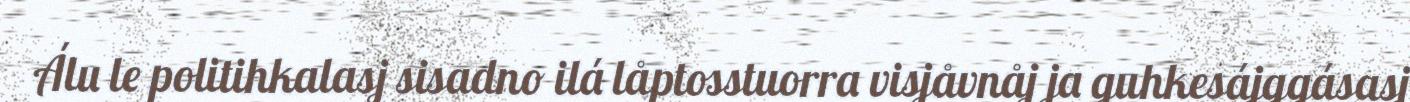
Álu le politihkalasj sisadno ilá låptosstuorra visjåvnåj ja guhkesájggásasj